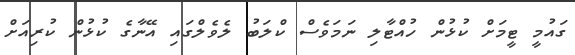
ގައުމީ ޓީމަށް ކުޅުން ހުއްޓާލި ނަމަވެސް ކްލަބު ލެވެލްގައި އޭނާގެ ކުޅުން ކުރިއަށް